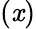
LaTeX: (\mathit{x})